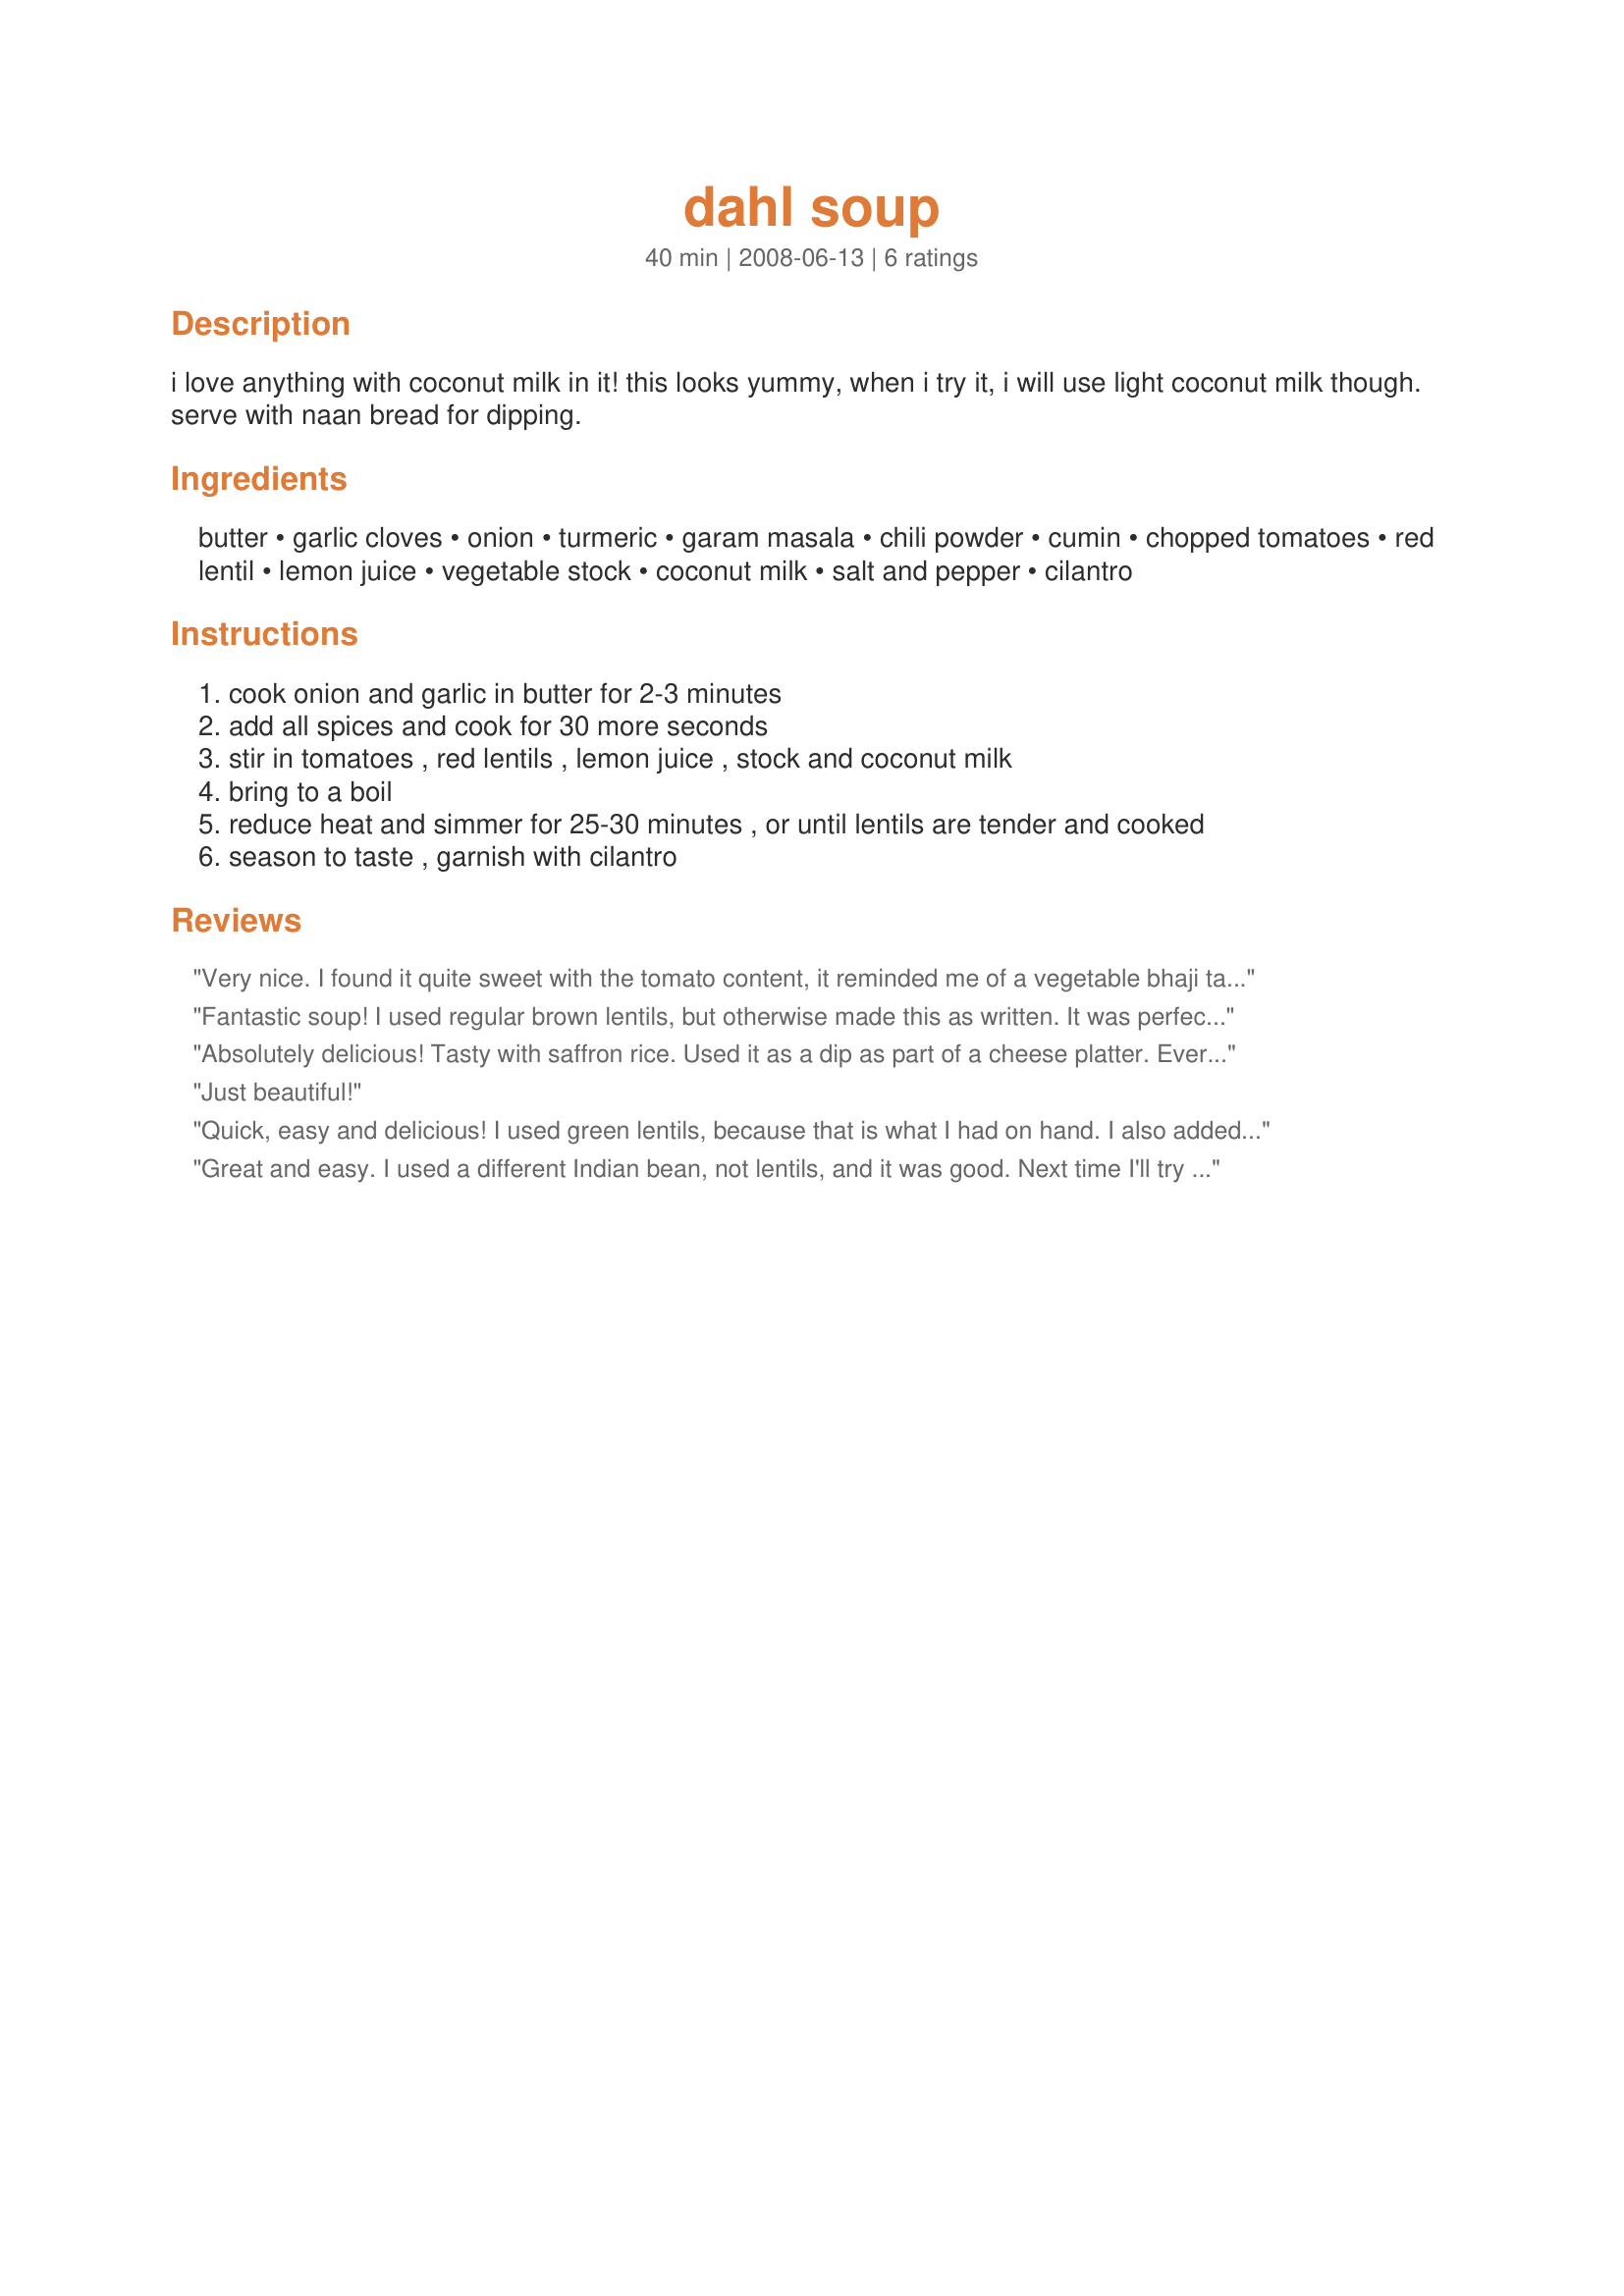
dahl soup
Preparation time: 40 minutes

i love anything with coconut milk in it! this looks yummy, when i try it, i will use light coconut milk though. serve with naan bread for dipping.

Ingredients:
butter, garlic cloves, onion, turmeric, garam masala, chili powder, cumin, chopped tomatoes, red lentil, lemon juice, vegetable stock, coconut milk, salt and pepper, cilantro

Steps:
cook onion and garlic in butter for 2-3 minutes
add all spices and cook for 30 more seconds
stir in tomatoes , red lentils , lemon juice , stock and coconut milk
bring to a boil
reduce heat and simmer for 25-30 minutes , or until lentils are tender and cooked
season to taste , garnish with cilantro

Reviews:
Very nice. I found it quite sweet with the tomato content, it reminded me of a vegetable bhaji taste.
Fantastic soup! I used regular brown lentils, but otherwise made this as written. It was perfectly seasoned and spiced. The texture was just right, too. Thanx for sharing this easy and delicious soup recipe!
Absolutely delicious! Tasty with saffron rice. Used it as a dip as part of a cheese platter. Everyone loved it!
Just beautiful!
Quick, easy and delicious! I used green lentils, because that is what I had on hand. I also added a little cayenne pepper. I blended the soup slightly with a hand blender before serving. You could take 1/4 out and blend in a blender and pour it back in! Creamy but with texture! Yum!
Great and easy. I used a different Indian bean, not lentils, and it was good. Next time I'll try urad dal. I used light coconut milk.
Thanks,
Jan
